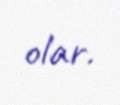
olar.